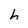
Character: h